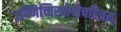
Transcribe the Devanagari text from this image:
उण्णिच्चिरुतेवीचरितम्